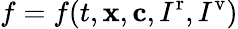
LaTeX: f=f(t,\mathbf x,\mathbf c,I^{\textrm{r}},I^{\textrm{v}})